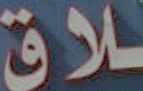
ـلاق